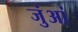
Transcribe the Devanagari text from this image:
जुंआं